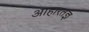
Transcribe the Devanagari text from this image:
आहारतज्ञ